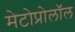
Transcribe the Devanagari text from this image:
मेटोप्रोलॉल